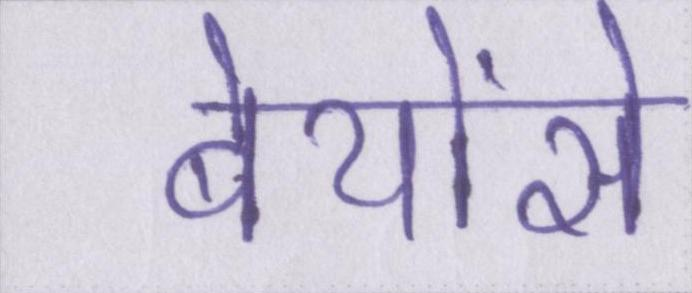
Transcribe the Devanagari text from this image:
बेयोंसे